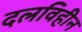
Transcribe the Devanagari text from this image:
दलविहीन